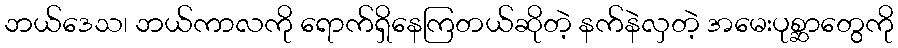
ဘယ်ဒေသ၊ ဘယ်ကာလကို ရောက်ရှိနေကြတယ်ဆိုတဲ့ နက်နဲလှတဲ့ အမေးပုစ္ဆာတွေကို